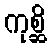
ကုစ္ဆိ